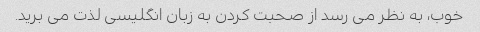
خوب، به نظر می رسد از صحبت کردن به زبان انگلیسی لذت می برید.